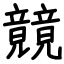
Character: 竸